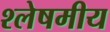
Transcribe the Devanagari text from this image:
श्लेषमीय